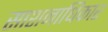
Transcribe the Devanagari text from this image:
साशनाधिकार